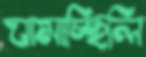
ঘামাচ্ছিলি